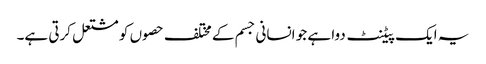
یہ ایک پیٹنٹ دوا ہے جو انسانی جسم کے مختلف حصوں کو مشتعل کرتی ہے۔